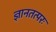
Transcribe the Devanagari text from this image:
ज्ञानतत्परः